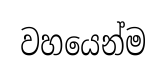
වහයෙන්ම